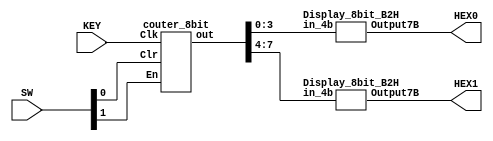
// couter 8 bit using flip flop T0
module part1(KEY, SW, HEX1, HEX0);
	input [0:0] KEY; //clk
	input [1:0] SW; // SW1: enable , SW0 : clear
	output [6:0] HEX0, HEX1; //display hexadecimal
	wire [7:0] Q;
	couter_8bit couter (KEY, SW[0], SW[1], Q);
	Display_8bit_B2H hex1(Q[7:4], HEX1);
	Display_8bit_B2H hex0(Q[3:0], HEX0);	
endmodule

module couter_8bit(Clk, Clr, En, out);/////
	input Clk, Clr, En;
	output [7:0] out;
	wire [7:0] q;
	wire t7,t6,t5,t4,t3,t2,t1,t0;
	
	T_ff T7 (Clk, Clr, En, q[7]);
	assign t6 = En&q[7];	
	
	T_ff T6 (Clk, Clr, t6, q[6]);
	assign t5 = t6&q[6];
	
	T_ff T5 (Clk, Clr, t5, q[5]);
	assign t4 = t5&q[5];
	
	T_ff T4 (Clk, Clr, t4, q[4]);
	assign t3 = t4&q[4];
	
	T_ff T3 (Clk, Clr, t3, q[3]);
	assign t2 = t3&q[3];
	
	T_ff T2 (Clk, Clr, t2, q[2]);
	assign t1 = t2&q[2];
	
	T_ff T1 (Clk, Clr, t1, q[1]);
	assign t0 = t1&q[1];
	
	T_ff T0 (Clk, Clr, t0, q[0]);	
	
	assign out = q;
endmodule
module T_ff(Clk, Clr, Enable, Q);
	input Clk,Clr, Enable;
	output reg Q;
	always @(posedge Clk)
		if(~Clr)
			Q =0;
		else 
			if (Enable)
				Q = ~Q;
			else Q = Q;
endmodule	

module Display_8bit_B2H(in_4b, Output7B);
	input [3:0] in_4b;
	output reg [6:0] Output7B;
	always @(in_4b)
		case (in_4b)
			4'b0000 : Output7B = 7'b1111110;
			4'b0001 :       // Hexadecimal 1
				Output7B = 7'b0110000  ;
			4'b0010 :       // Hexadecimal 2
				Output7B = 7'b1101101 ; 
			4'b0011 :       // Hexadecimal 3
				Output7B = 7'b1111001 ;
			4'b0100 :       // Hexadecimal 4
				Output7B = 7'b0110011 ;
			4'b0101 :       // Hexadecimal 5
				Output7B = 7'b1011011 ;  
			4'b0110 :       // Hexadecimal 6
				Output7B = 7'b1011111 ;
			4'b0111 :       // Hexadecimal 7
				Output7B = 7'b1110000;
			4'b1000 :      // Hexadecimal 8
				Output7B = 7'b1111111;
			4'b1001 :      // Hexadecimal 9
				Output7B = 7'b1111011 ;
			4'b1010 :       // Hexadecimal A
				Output7B = 7'b1110111 ; 
			4'b1011 :       // Hexadecimal B
				Output7B = 7'b0011111;
			4'b1100 :       // Hexadecimal C
				Output7B = 7'b1001110 ;
			4'b1101 :       // Hexadecimal D
				Output7B = 7'b0111101 ;
			4'b1110 :       // Hexadecimal E
				Output7B = 7'b1001111 ;
			4'b1111 :       // Hexadecimal F
				Output7B = 7'b1000111 ;
		endcase
endmodule